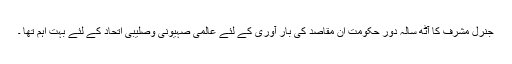
جنرل مشرف کا آٹھ سالہ دور حکومت ان مقاصد کی بار آوری کے لئے عالمی صہیونی وصلیبی اتحاد کے لئے بہت اہم تھا ۔